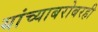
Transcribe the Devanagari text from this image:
यांच्याबरोबरही